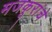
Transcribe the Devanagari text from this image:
मजकूरांचे